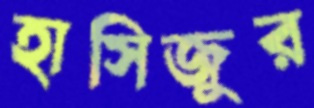
হাসিজুর